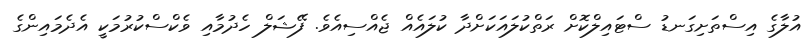
އުލާގެ އިސްތަށިގަނޑު ސްޓައިލްކޮށް ރަތްކުލައަކަށްދާ ކުލައެއް ޖެއްސިއެވެ. ފޭޝަލް ހެދުމާއި ވެކްސްކުރުމަކީ އެދެމައިންގެ